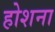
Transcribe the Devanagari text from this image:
होशना